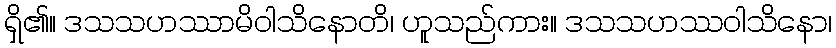
ရှိ၏။ ဒသသဟဿာမိဝါသိနောတိ၊ ဟူသည်ကား။ ဒသသဟဿဝါသိနော၊